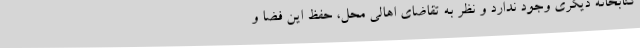
کتابخانه دیگری وجود ندارد و نظر به تقاضای اهالی محل، حفظ این فضا و